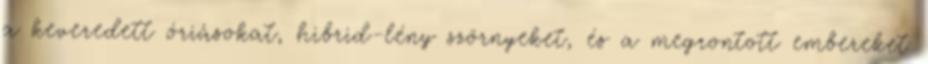
a keveredett óriásokat, hibrid-lény szörnyeket, és a megrontott embereket